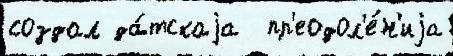
создал да́тскаjа  пр'еодол'е́н'иjа